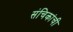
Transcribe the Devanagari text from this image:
संचिकांची